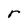
Character: r